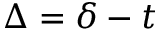
\Delta = \delta - t